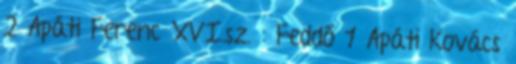
2 Apáti Ferenc XVI.sz. : Feddő 1 Apáti Kovács